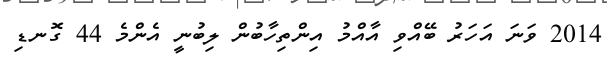
2014 ވަނަ އަހަރު ބޭއްވި އާއްމު އިންތިހާބުން ލިބުނީ އެންމެ 44 ގޮނޑި